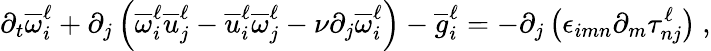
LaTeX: \partial_{t}\overline{{\omega}}_{i}^{\ell}+\partial_{j}\left(\overline{{\omega}}_{i}^{\ell}\overline{{u}}_{j}^{\ell}-\overline{{u}}_{i}^{\ell}\overline{{\omega}}_{j}^{\ell}-\nu\partial_{j}\overline{{\omega}}_{i}^{\ell}\right)-\overline{{g}}_{i}^{\ell}=-\partial_{j}\left(\epsilon_{imn}\partial_{m}\tau_{nj}^{\ell}\right)\ ,